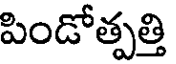
పిండోత్పత్తి